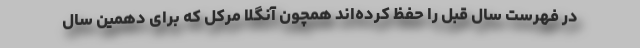
در فهرست سال قبل را حفظ کرده‌اند همچون آنگلا مرکل که برای دهمین سال